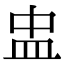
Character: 盅